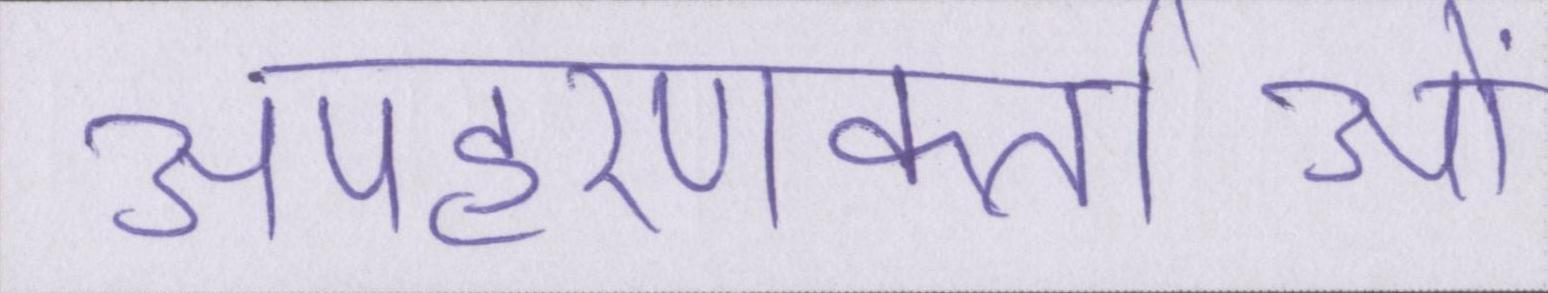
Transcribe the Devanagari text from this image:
अपहरणकर्ताओं